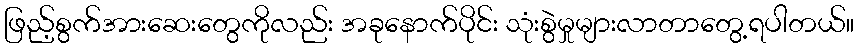
ဖြည့်စွက်အားဆေးတွေကိုလည်း အခုနောက်ပိုင်း သုံးစွဲမှုများလာတာတွေ့ရပါတယ်။